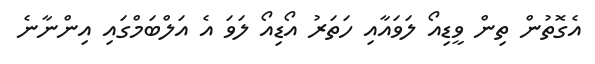
އެގޮތުން ތިން ވީޑިއޯ ލަވައާއި ހަތަރު އޯޑިއޯ ލަވަ އެ އަލްބަމްގައި އިންނާނެ